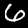
Label: 6